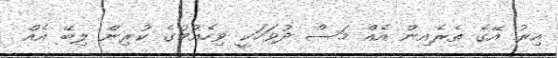
އިރު އޭގެ ތެރެއިން އެއް މަސް ދުވަހަކީ ވިހެއުމުގެ ކުރިން ލިބޭ އެއް